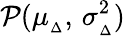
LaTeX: \mathcal{P}(\mu_{_{\Delta}},\, \sigma_{_{\Delta}}^{2})